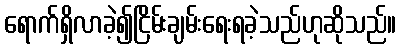
ရောက်ရှိလာခဲ့၍ငြိမ်းချမ်းရေးရခဲ့သည်ဟုဆိုသည်။